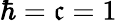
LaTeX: \hbar=\mathfrak{c}=1